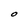
Character: O